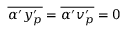
\overline { { \alpha ^ { \prime } y _ { p } ^ { \prime } } } = \overline { { \alpha ^ { \prime } v _ { p } ^ { \prime } } } = 0